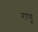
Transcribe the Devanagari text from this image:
राणू